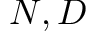
N , D